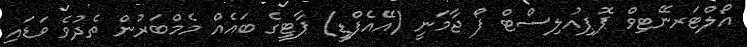
އޯލްޓަރނޭޓިވް ޕޮޕިއުލިސްޓް ފޯ ޖާމަނީ (އޭއެފްޑީ) ޕާޓީގެ ބައެއް މެމްބަރުން ތެދުވެ ވަޑައި